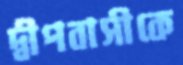
দ্বীপবাসীকে